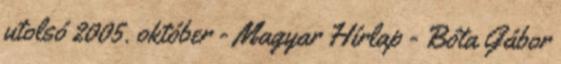
utolsó 2005. október - Magyar Hírlap - Bóta Gábor